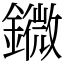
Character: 䥩